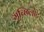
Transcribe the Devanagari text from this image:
मुच्छिलोट